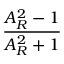
\frac { A _ { R } ^ { 2 } - 1 } { A _ { R } ^ { 2 } + 1 }